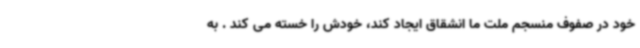
خود در صفوف منسجم ملت ما انشقاق ایجاد کند، خودش را خسته می کند . به